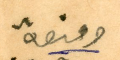
ومنعة